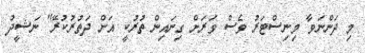
މި ދަންނަވާ މިނިސްޓަރު ވެސް ވަރަށް ގިނައިން ތުރުކީ އަށް ދަތުރުކުރޭ" ނަޝީދު